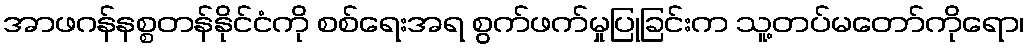
အာဖဂန်နစ္စတန်နိုင်ငံကို စစ်ရေးအရ စွက်ဖက်မှုပြုခြင်းက သူ့တပ်မတော်ကိုရော၊